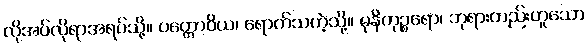
လိုအပ်လိုရာအရပ်သို့။ ပတ္တောဝိယ၊ ရောက်သကဲ့သို့။ မုနိကုဉ္စရော၊ ဘုရားတည်းဟူသော